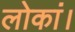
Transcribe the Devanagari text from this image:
लोकां।